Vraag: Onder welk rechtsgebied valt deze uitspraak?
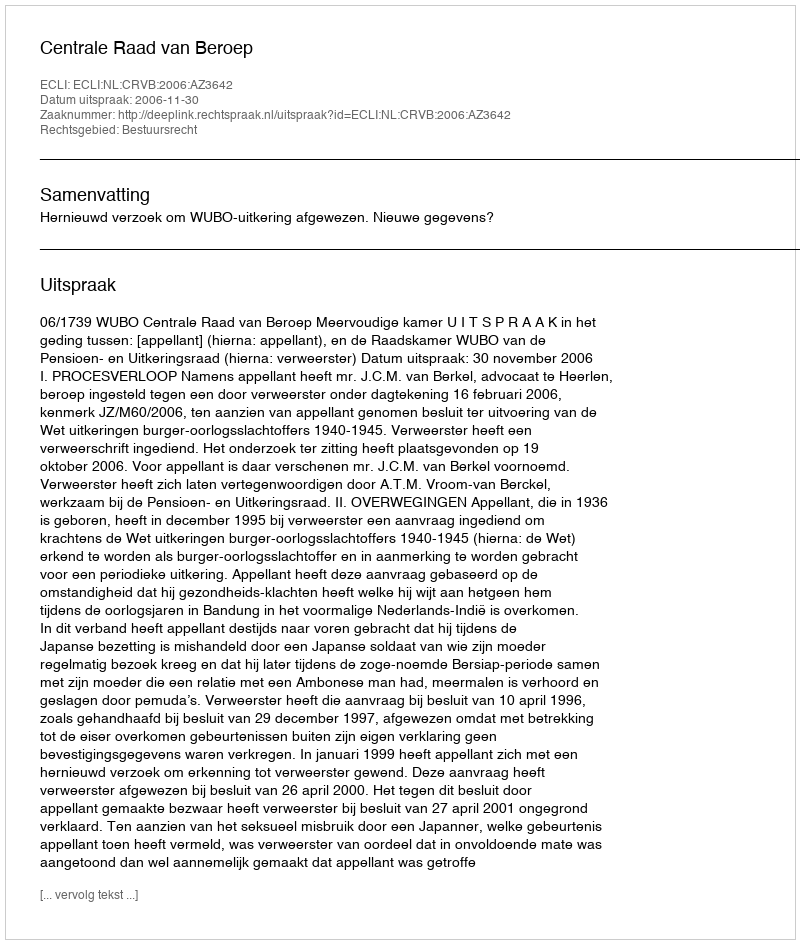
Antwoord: Bestuursrecht